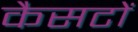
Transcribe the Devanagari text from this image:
कैसटों